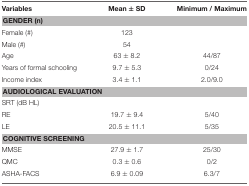
<table><thead><tr><td><b>Variables</b></td><td><b>Mean ± SD</b></td><td><b>Minimum / Maximum</b></td></tr></thead><tbody><tr><td colspan="3"><b>GENDER (n)</b></td></tr><tr><td>Female (#)</td><td>123</td><td></td></tr><tr><td>Male (#)</td><td>54</td><td></td></tr><tr><td>Age</td><td>63 ± 8.2</td><td>44/87</td></tr><tr><td>Years of formal schooling</td><td>9.7 ± 5.3</td><td>0/24</td></tr><tr><td>Income index</td><td>3.4 ± 1.1</td><td>2.0/9.0</td></tr><tr><td colspan="3"><b>AUDIOLOGICAL EVALUATION</b></td></tr><tr><td>SRT (dB HL)</td><td></td><td></td></tr><tr><td>RE</td><td>19.7 ± 9.4</td><td>5/40</td></tr><tr><td>LE</td><td>20.5 ± 11.1</td><td>5/35</td></tr><tr><td colspan="3"><b>COGNITIVE SCREENING</b></td></tr><tr><td>MMSE</td><td>27.9 ± 1.7</td><td>25/30</td></tr><tr><td>QMC</td><td>0.3 ± 0.6</td><td>0/2</td></tr><tr><td>ASHA-FACS</td><td>6.9 ± 0.09</td><td>6.3/7</td></tr></tbody></table>